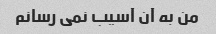
من به آن آسیب نمی رسانم